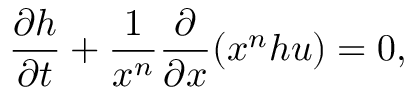
\frac { \partial h } { \partial t } + \frac { 1 } { x ^ { n } } \frac { \partial } { \partial x } ( x ^ { n } h u ) = 0 ,